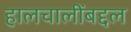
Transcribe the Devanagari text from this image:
हालचालींबद्दल